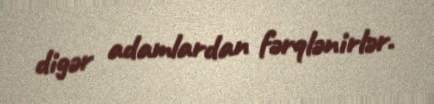
digər adamlardan fərqlənirlər.